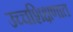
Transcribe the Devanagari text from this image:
उच्चशिक्षणात